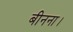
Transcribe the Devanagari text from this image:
बीनना।